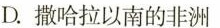
D.撒哈拉以南的非洲